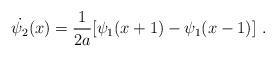
LaTeX: \begin{align*}\dot{\psi_{2}}(x)=\frac{1}{2a}[\psi_{1}(x+1)-\psi_{1}(x-1)]\ .\end{align*}